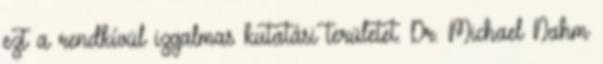
ezt a rendkívül izgalmas kutatási területet. Dr. Michael Nahm